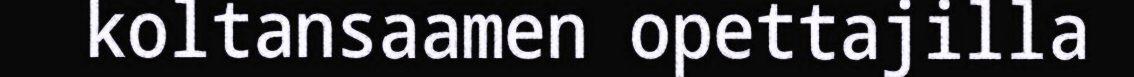
koltansaamen opettajilla